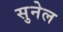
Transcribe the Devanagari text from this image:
सुनेल